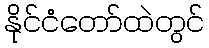
နိုင်ငံတော်ထဲတွင်